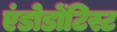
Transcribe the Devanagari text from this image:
एंडोडोंटिस्ट